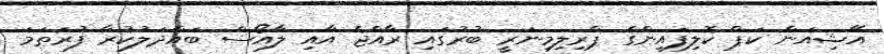
އޭޝިއަން ކަޕް ކޮލިފައިންގެ ޕްރިލިމިނަރީ ބުރުގައި ރާއްޖެ އާއި ލާއޯސް ބައްދަލުކުރާ ފުރަތަމަ